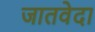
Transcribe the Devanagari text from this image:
जातवेदा